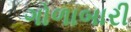
ગોળાબારી